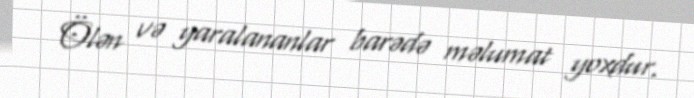
Ölən və yaralananlar barədə məlumat yoxdur.